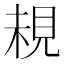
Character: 䙿